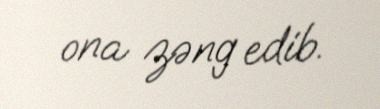
ona zəng edib.